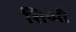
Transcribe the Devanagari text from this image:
शिप्पी